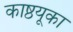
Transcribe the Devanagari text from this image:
काष्ठयूका